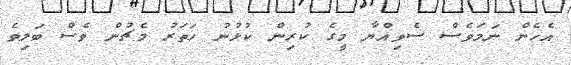
އެހެން ނަމަވެސް ސެވިއްޔާ މީގެ ކުރިން ކުޅުނު ހަތަރު މެޗުން ވެސް ބަލިވެ